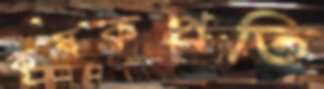
কৃষকপ্রতি